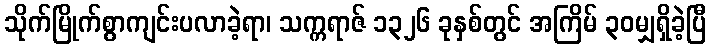
သိုက်မြိုက်စွာကျင်းပလာခဲ့ရာ၊ သက္ကရာဇ် ၁၃၂၆ ခုနှစ်တွင် အကြိမ် ၃၀မျှရှိခဲ့ပြီ